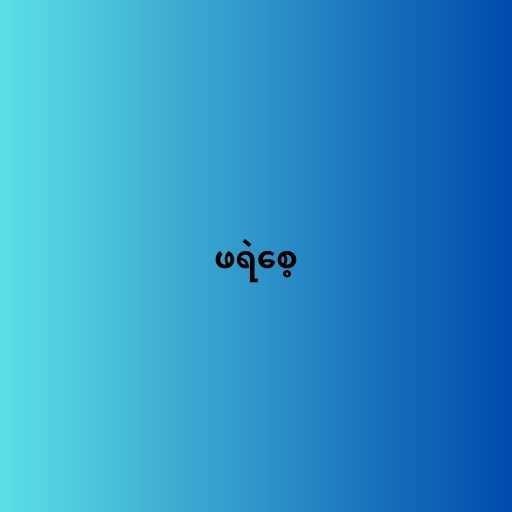
ဖရဲစေ့